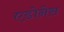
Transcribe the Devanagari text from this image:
एडोनेस